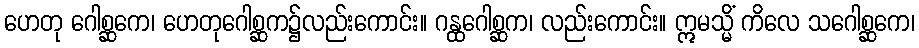
ဟေတု ဂေါစ္ဆကေ၊ ဟေတုဂေါစ္ဆက၌လည်းကောင်း။ ဂန္ထဂေါစ္ဆက၊ လည်းကောင်း။ ဣမသ္မိံ ကိလေ သဂေါစ္ဆကေ၊